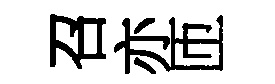
召亦匝